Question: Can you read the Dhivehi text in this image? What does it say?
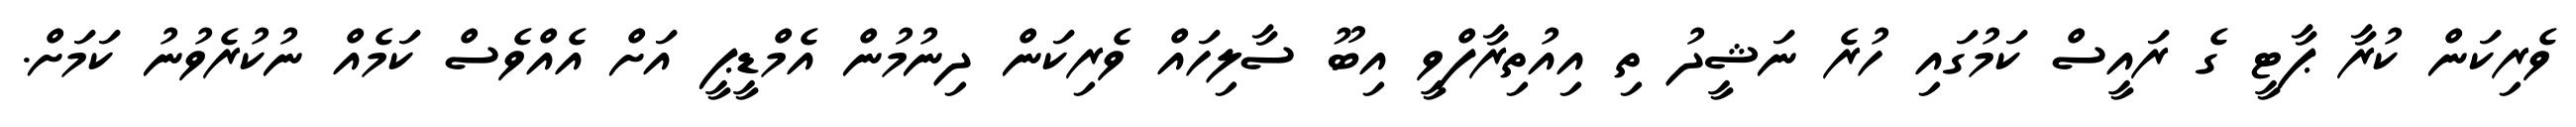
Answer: ވެރިކަން ކުރާ ޕާޓީ ގެ ރައީސް ކަމުގައި ހުރެ ނަޝީދު ތި އިއުތިރާފްވީ އިބޫ ސާލިހައް ވެރިކަން ދިނުމުން އެމްޑީޕީ އަށް އެއްވެސް ކަމެއް ނުކުރެވުނު ކަމަށް.